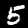
Digit: 5